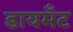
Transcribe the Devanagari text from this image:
डायमॅंट